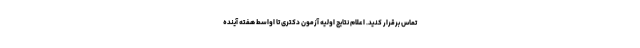
تماس برقرار کنید. اعلام نتایج اولیه آزمون دکتری تا اواسط هفته آینده